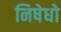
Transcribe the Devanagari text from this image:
निषेधो